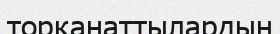
торқанаттылардың